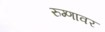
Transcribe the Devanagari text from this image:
रुग्णावर